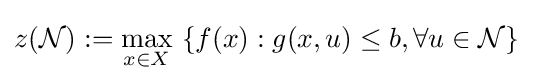
z({\mathcal {N}}):=\max _{x\in X}\ \{f(x):g(x,u)\leq b,\forall u\in {\mathcal {N}}\}